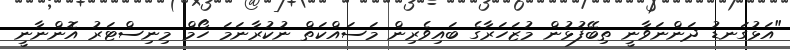
"އަޅުގަނޑު ދަންނަވާނީ ތިބޭފުޅުން މުޒަހަރާގެ ބައިވެރިން މަސައްކަތް ނުކުރާނަމަ ހޯމް މިނިސްޓަރު އޮންނާނީ